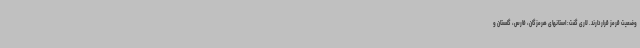
وضعیت قرمز قرار دارند. لاری گفت: استانهای هرمزگان، فارس، گلستان و